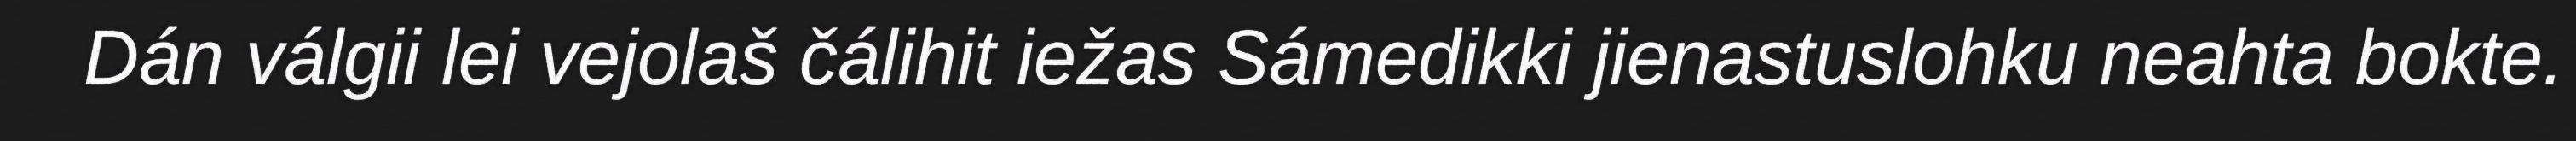
Dán válgii lei vejolaš čálihit iežas Sámedikki jienastuslohku neahta bokte.